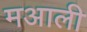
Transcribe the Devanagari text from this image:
मआली